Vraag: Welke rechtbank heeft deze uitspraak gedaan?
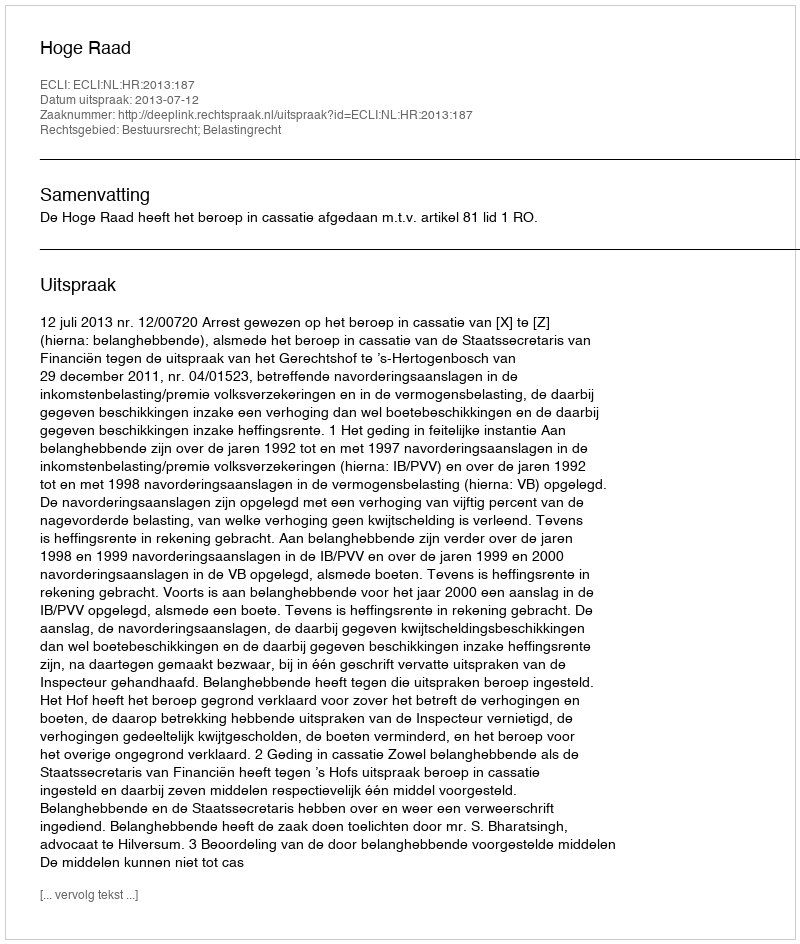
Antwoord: Hoge Raad